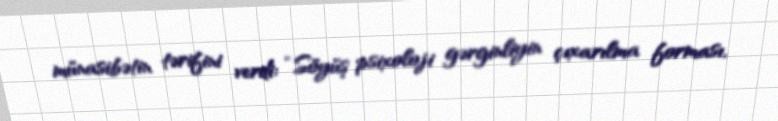
münasibətin tərifini verdi: “Söyüş psixoloji gərginliyin çıxarılma forması,